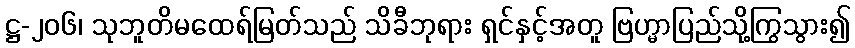
ဋ္ဌ-၂၀၆၊ သုဘူတိမထေရ်မြတ်သည် သိခီဘုရား ရှင်နှင့်အတူ ဗြဟ္မာပြည်သို့ကြွသွား၍